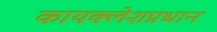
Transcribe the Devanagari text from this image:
कायक्लेशप्रधान